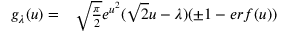
\begin{array} { r l } { g _ { \lambda } ( u ) = } & { { } \sqrt { \frac { \pi } { 2 } } e ^ { u ^ { 2 } } ( \sqrt { 2 } u - \lambda ) ( \pm 1 - e r f ( u ) ) } \end{array}